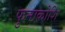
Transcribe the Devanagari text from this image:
फुनाकोशि